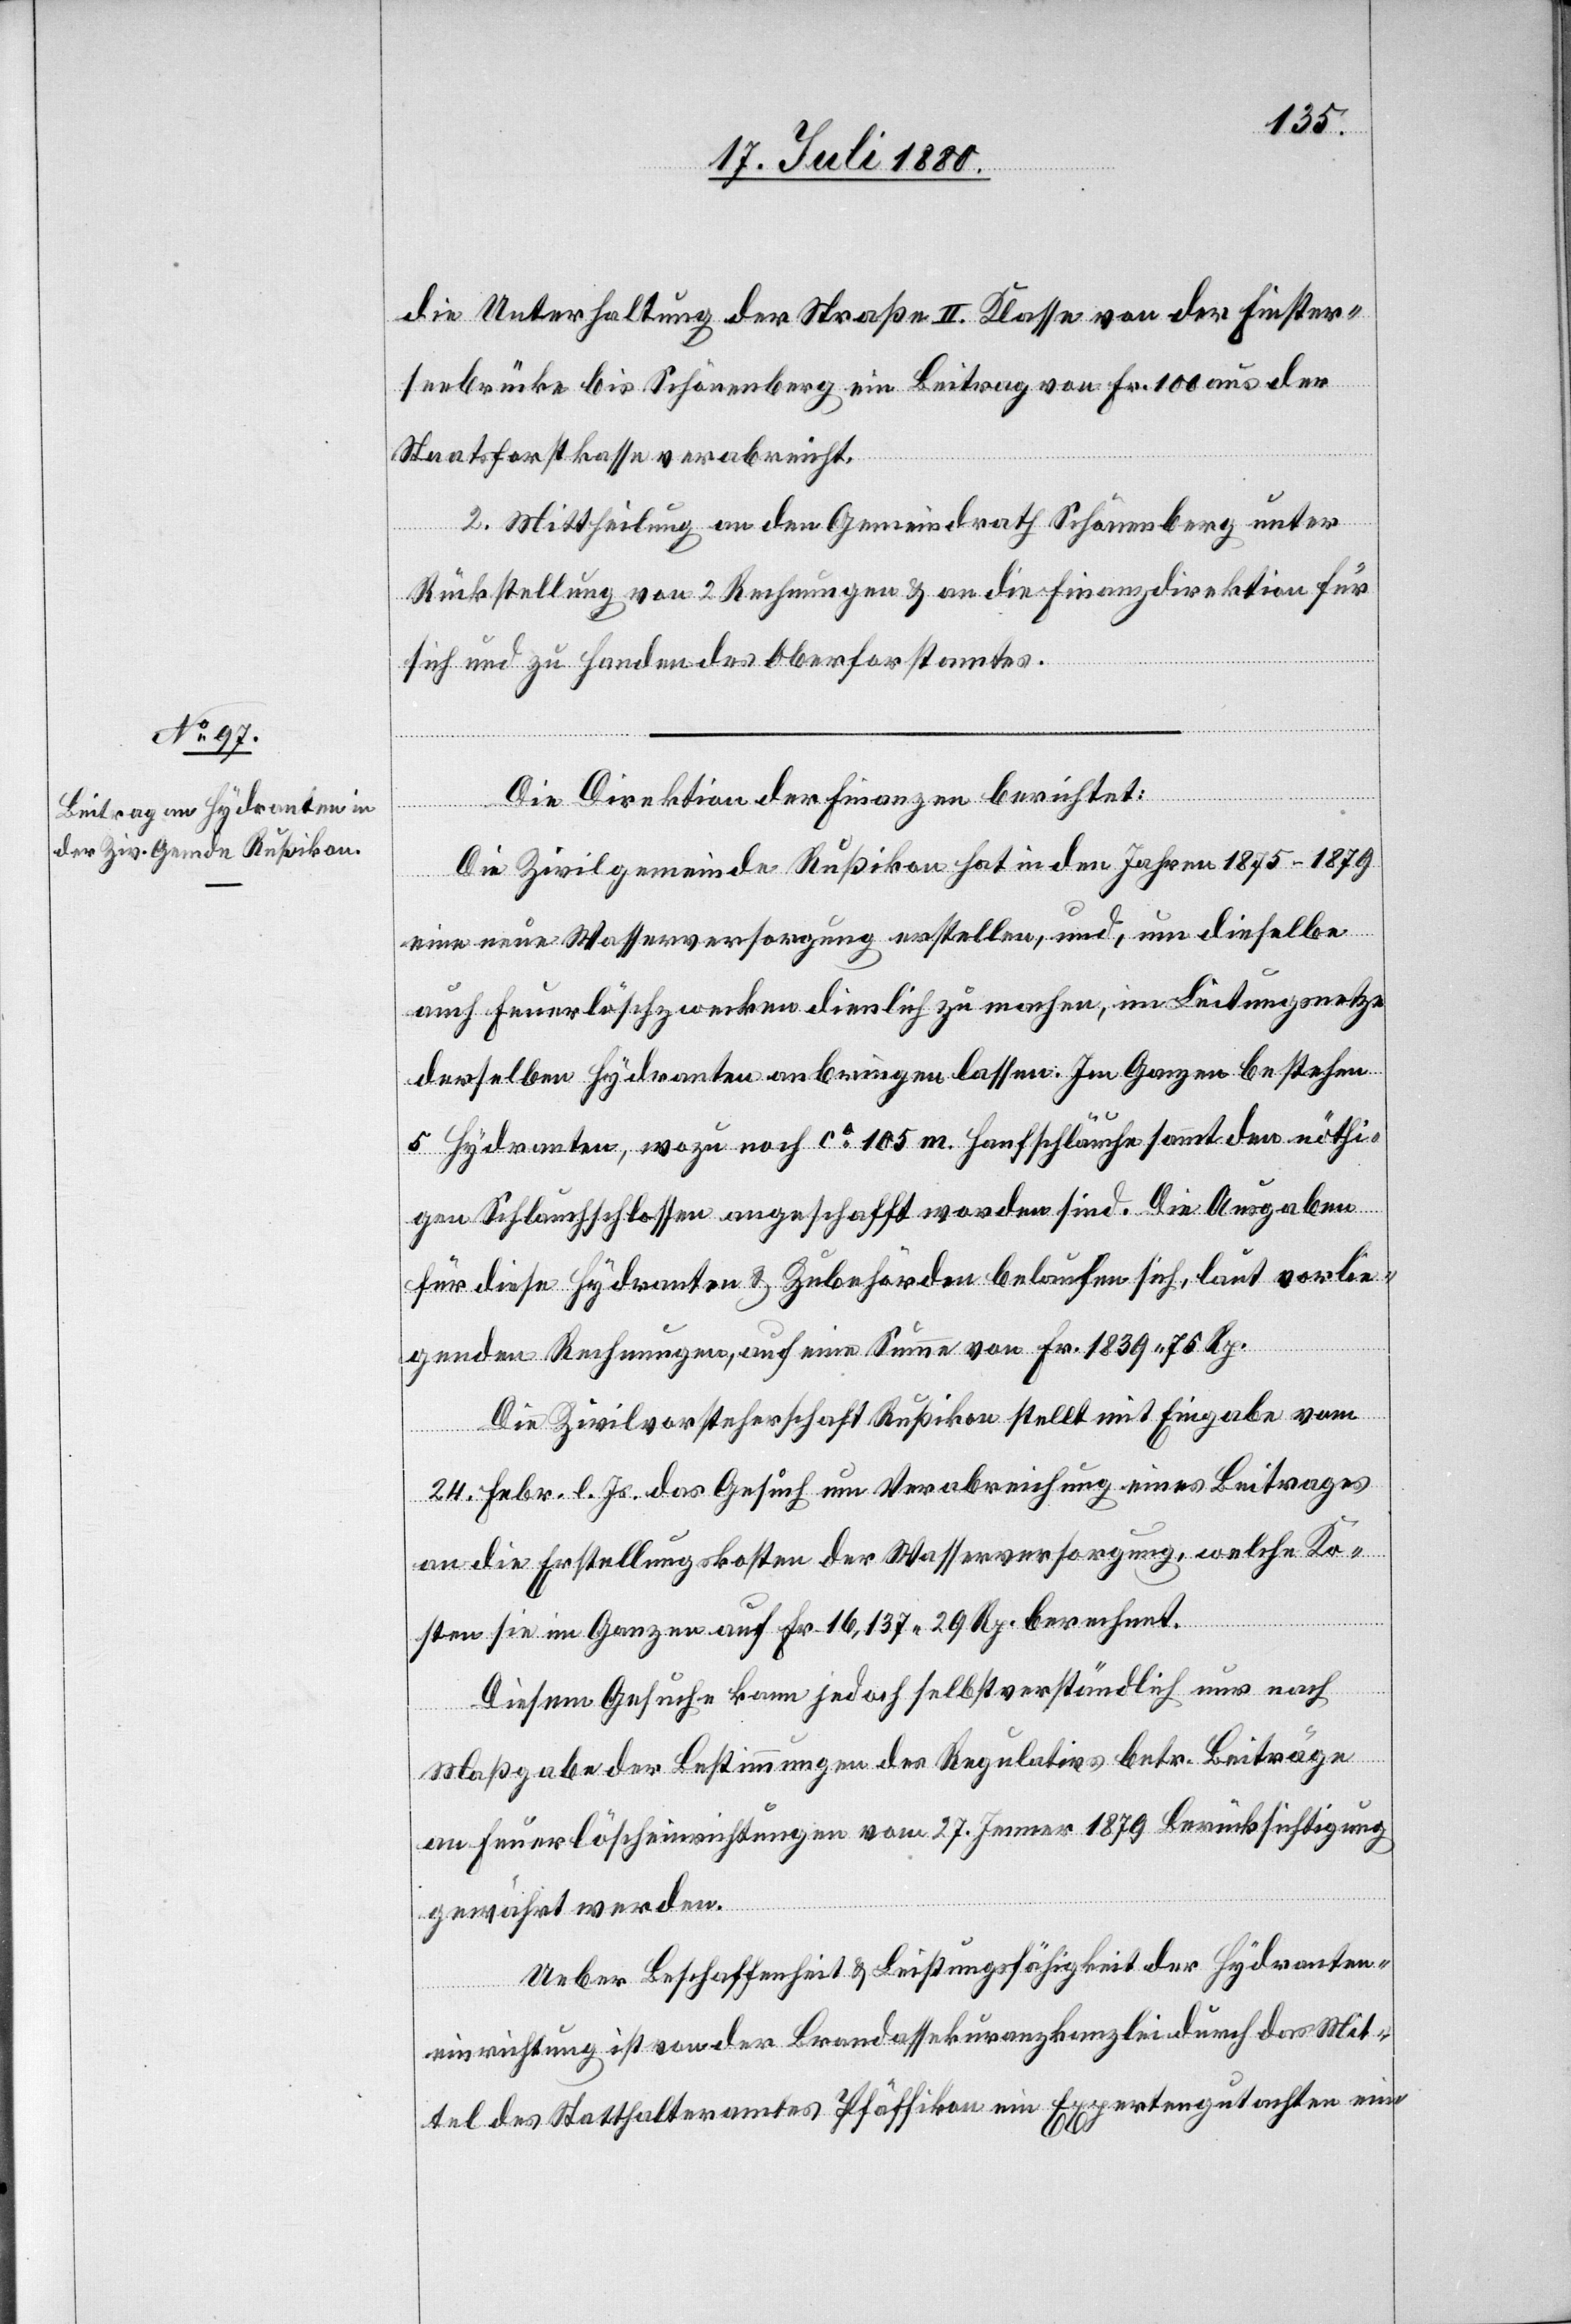
die Unterhaltung der Straße II. Klasse von der Finster¬
brücke bis Schönenberg ein Beitrag von Fr. 100 aus der
Staatsforstkasse verabreicht.
2. Mittheilung an den Gemeindrath Schönenberg unter
Rückstellung von 2 Rechnungen & an die Finanzdirektion für
sich und zu Handen des Oberforstamtes.
Die Direktion der Finanzen berichtet:
Die Zivilgemeinde Rußikon hat in den Jahren 1875–1879
eine neue Wasserversorgung erstellen, und, um dieselbe
auch Feuerlöschwerken dienlich zu machen im Leitungsnetze
derselben Hydranten anbringen lassen. Im Ganzen bestehen
5 Hydranten, wozu noch ca 105 m Hanfschläuche sammt den nöthi¬
gen Schlauchschlossen angeschafft worden sind. Die Ausgaben
für diese Hydranten & Zubehörden belaufen sich, laut vorlie¬
genden Rechnungen, auf eine Summe von Fr. 1839 76 Rp.
Die Zivilvorsteherschaft Rußikon stellt mit Eingabe vom
24. Febr. l. Js. das Gesuch um Verabreichung eines Beitrages
an die Erstellungskosten der Wasserversorgung, welche Ko¬
sten sie im Ganzen auf Fr. 16,137 29 Rp. berechnet.
Diesem Gesuch kann jedoch selbstverständlich nur nach
Maßangabe der Bestimmungen des Regulativs betr. Beiträge
an Feuerlöscheinrichtungen vom 27. Jenner 1879 Berücksichtigung
gewährt werden.
Ueber Beschaffenheit & Leistungsfähigkeit der Hydranten¬
einrichtung ist von der Brandassekuranzkanzlei durch das Mit¬
tel des Statthalteramtes Pfäffikon ein Expertengutachten ein-